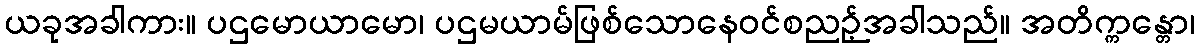
ယခုအခါကား။ ပဌမောယာမော၊ ပဌမယာမ်ဖြစ်သောနေဝင်စညဉ့်အခါသည်။ အတိက္ကန္တော၊